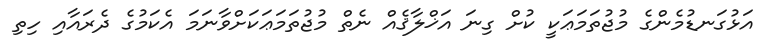
އަޅުގަނޑުމެންގެ މުޖުތަމަޢަކީ ކުށް ގިނަ އަޚްލާޤެއް ނެތް މުޖުތަމަޢަކަށްވާނަމަ އެކަމުގެ ދެރައާއި ހިތި